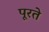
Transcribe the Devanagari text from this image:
पूरते